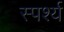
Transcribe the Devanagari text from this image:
स्पर्श्य